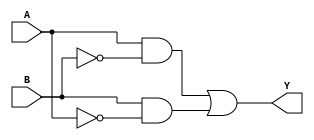
module XOR_gate(
    input A,
    input B,
    output Y
);

wire not_A, not_B, n1, n2;

assign not_A = ~A;
assign not_B = ~B;

assign n1 = A & not_B;
assign n2 = B & not_A;
assign Y = n1 | n2;

endmodule